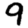
Digit: 9